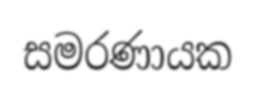
සමරණායක